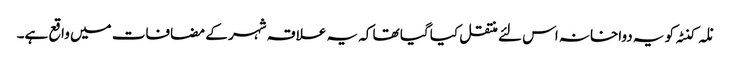
نلہ کنٹہ کو یہ دواخانہ اس لئے منتقل کیا گیا تھا کہ یہ علاقہ شہر کے مضافات میں واقع ہے۔